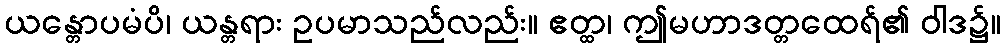
ယန္တောပမံပိ၊ ယန္တရား ဥပမာသည်လည်း။ ဧတ္ထ၊ ဤမဟာဒတ္တထေရ်၏ ဝါဒ၌။